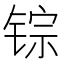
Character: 𫓽